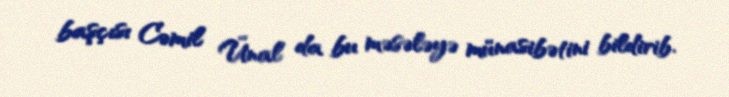
başçısı Cəmil Ünal da bu məsələyə münasibətini bildirib.